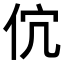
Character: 𬽶